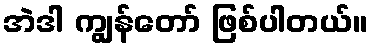
အဲဒါ ကျွန်တော် ဖြစ်ပါတယ်။